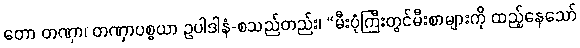
တော တဏှာ၊ တဏှာပစ္စယာ ဥပါဒါနံ-စသည်တည်း၊ “မီးပုံကြီးတွင်မီးစာများကို ထည့်နေသော်